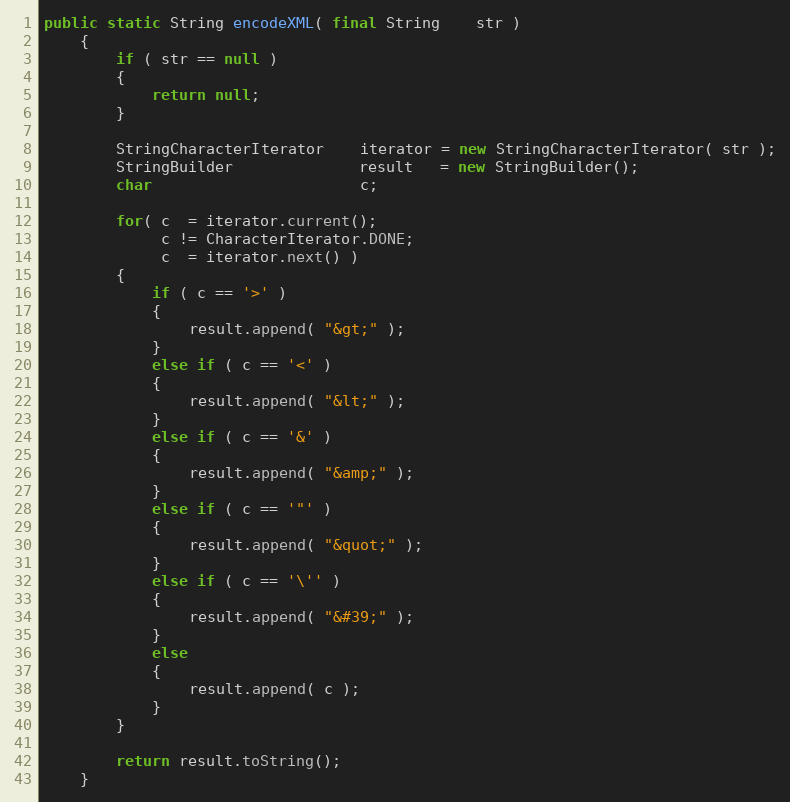
Language: Java
public static String encodeXML( final String    str )
    {
        if ( str == null )
        {
            return null;
        }

        StringCharacterIterator    iterator = new StringCharacterIterator( str );
        StringBuilder              result   = new StringBuilder();
        char                       c;

        for( c  = iterator.current();
             c != CharacterIterator.DONE;
             c  = iterator.next() )
        {
            if ( c == '>' )
            {
                result.append( "&gt;" );
            }
            else if ( c == '<' )
            {
                result.append( "&lt;" );
            }
            else if ( c == '&' )
            {
                result.append( "&amp;" );
            }
            else if ( c == '"' )
            {
                result.append( "&quot;" );
            }
            else if ( c == '\'' )
            {
                result.append( "&#39;" );
            }
            else
            {
                result.append( c );
            }
        }

        return result.toString();
    }